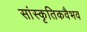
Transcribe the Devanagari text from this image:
सांस्कृतिकवैभव